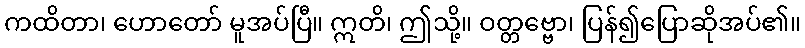
ကထိတာ၊ ဟောတော် မူအပ်ပြီ။ ဣတိ၊ ဤသို့။ ဝတ္တဗ္ဗော၊ ပြန်၍ပြောဆိုအပ်၏။